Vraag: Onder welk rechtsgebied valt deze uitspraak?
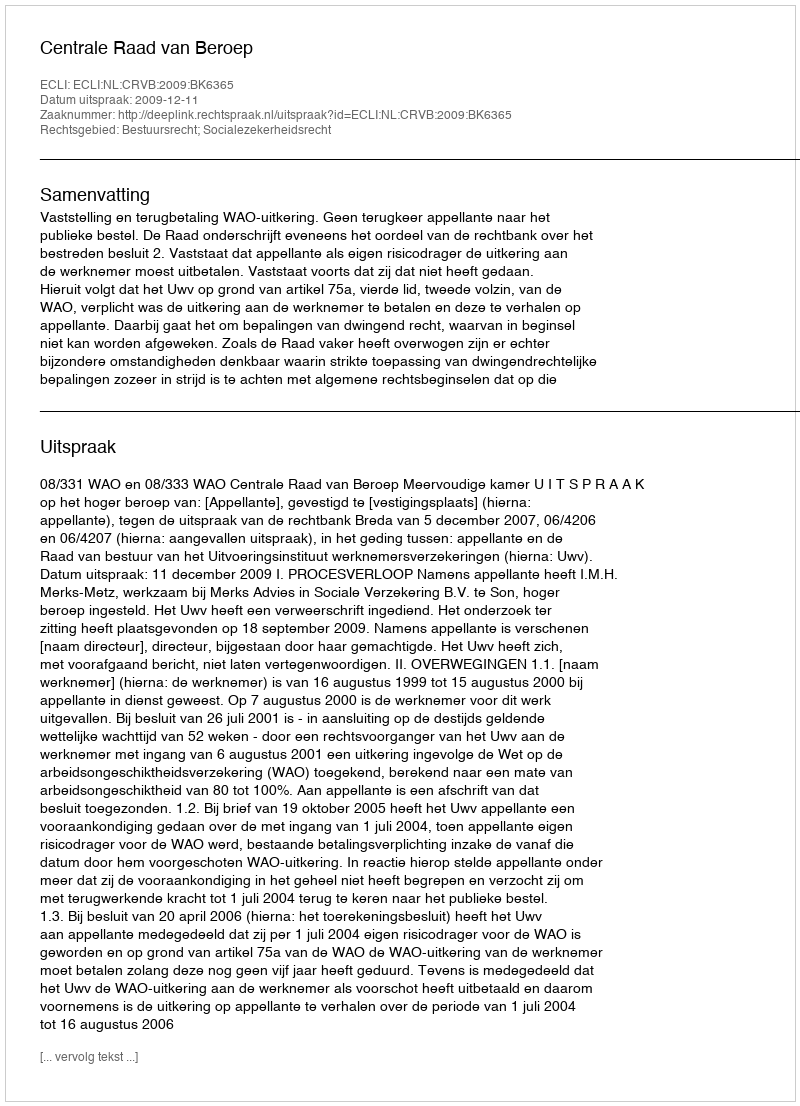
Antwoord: Bestuursrecht; Socialezekerheidsrecht